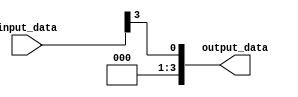
module bit_select_assign (
    input [7:0] input_data,
    output reg [3:0] output_data
);

always @* begin
    // Assign specific bit 3 from input_data to output_data
    output_data = input_data[3];
end

endmodule